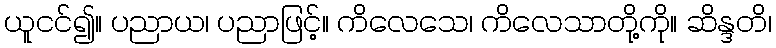
ယူငင်၍။ ပညာယ၊ ပညာဖြင့်။ ကိလေသေ၊ ကိလေသာတို့ကို။ ဆိန္ဒတိ၊